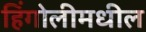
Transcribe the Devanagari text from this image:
हिंगोलीमधील